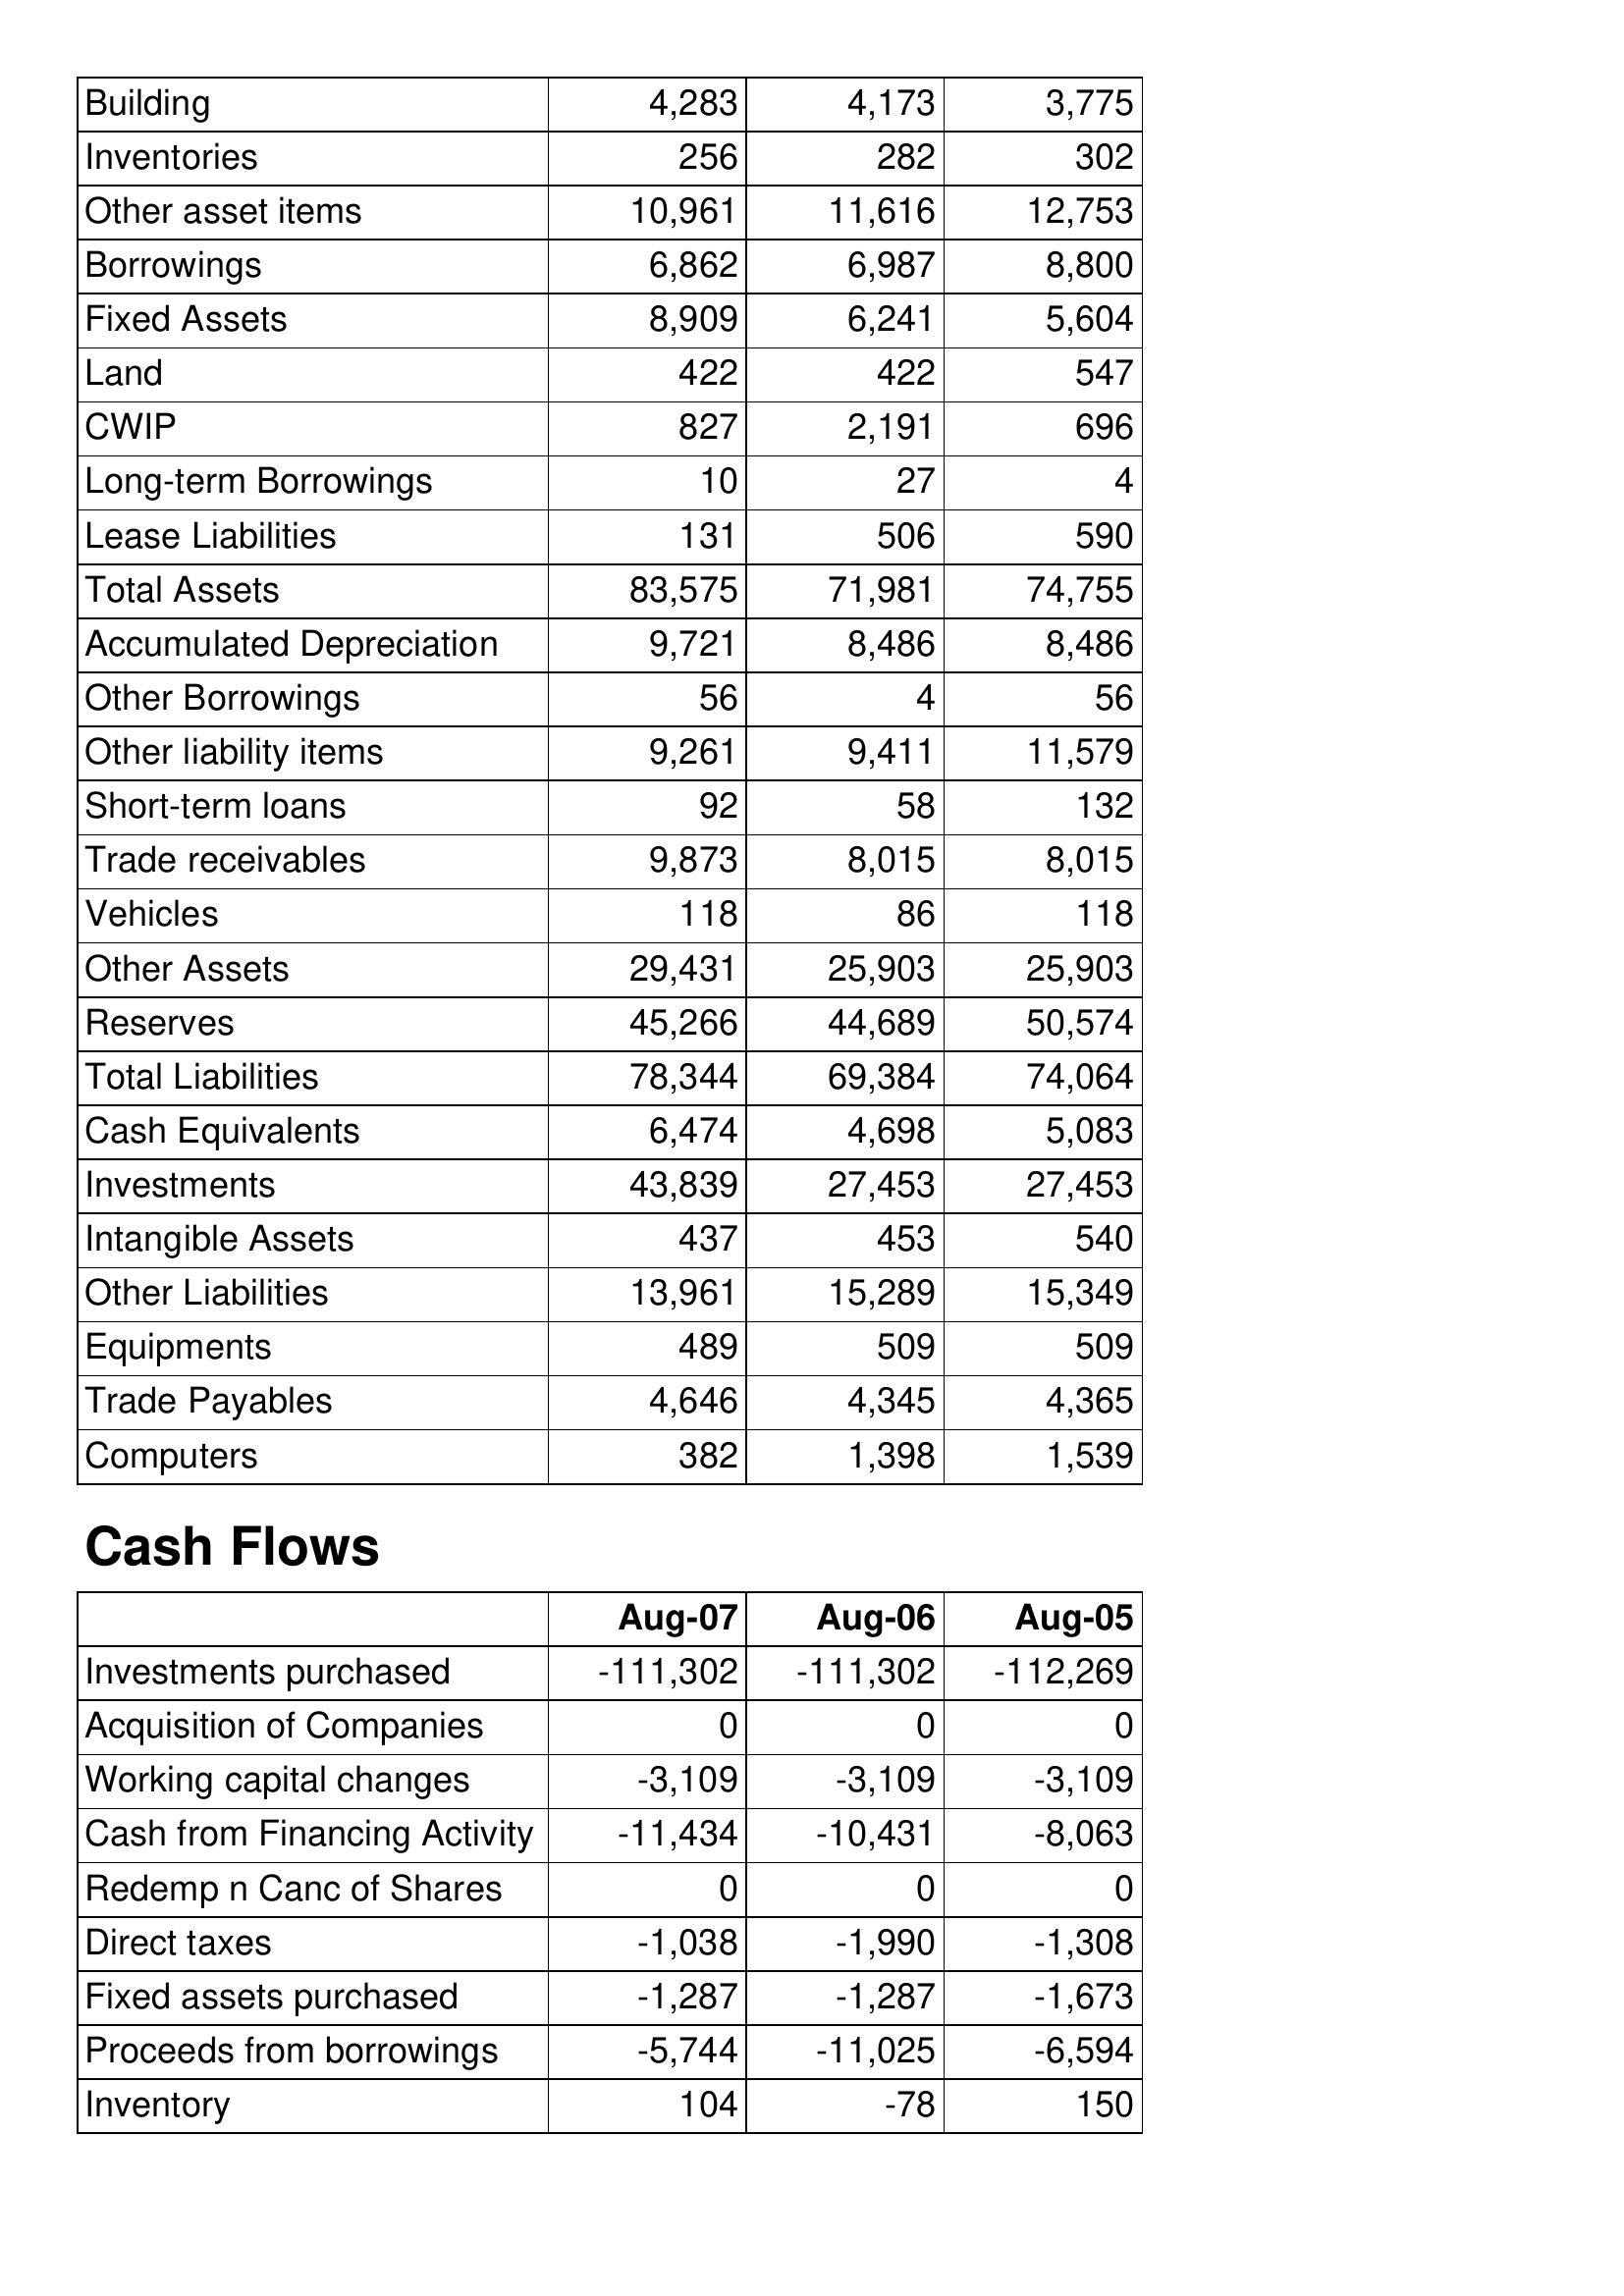
Aug-07: Balance Sheet: Building: 4,283
Inventories: 256
Other asset items: 10,961
Borrowings: 6,862
Fixed Assets: 8,909
Land: 422
CWIP: 827
Long-term Borrowings: 10
Lease Liabilities: 131
Total Assets: 83,575
Accumulated Depreciation: 9,721
Other Borrowings: 56
Other liability items: 9,261
Short-term loans: 92
Trade receivables: 9,873
Vehicles: 118
Other Assets: 29,431
Reserves: 45,266
Total Liabilities: 78,344
Cash Equivalents: 6,474
Investments: 43,839
Intangible Assets: 437
Other Liabilities: 13,961
Equipments: 489
Trade Payables: 4,646
Computers: 382
Cash Flows: Investments purchased: -111,302
Acquisition of Companies: 0
Working capital changes: -3,109
Cash from Financing Activity: -11,434
Redemp n Canc of Shares: 0
Direct taxes: -1,038
Fixed assets purchased: -1,287
Proceeds from borrowings: -5,744
Inventory: 104
Aug-06: Balance Sheet: Building: 4,173
Inventories: 282
Other asset items: 11,616
Borrowings: 6,987
Fixed Assets: 6,241
Land: 422
CWIP: 2,191
Long-term Borrowings: 27
Lease Liabilities: 506
Total Assets: 71,981
Accumulated Depreciation: 8,486
Other Borrowings: 4
Other liability items: 9,411
Short-term loans: 58
Trade receivables: 8,015
Vehicles: 86
Other Assets: 25,903
Reserves: 44,689
Total Liabilities: 69,384
Cash Equivalents: 4,698
Investments: 27,453
Intangible Assets: 453
Other Liabilities: 15,289
Equipments: 509
Trade Payables: 4,345
Computers: 1,398
Cash Flows: Investments purchased: -111,302
Acquisition of Companies: 0
Working capital changes: -3,109
Cash from Financing Activity: -10,431
Redemp n Canc of Shares: 0
Direct taxes: -1,990
Fixed assets purchased: -1,287
Proceeds from borrowings: -11,025
Inventory: -78
Aug-05: Balance Sheet: Building: 3,775
Inventories: 302
Other asset items: 12,753
Borrowings: 8,800
Fixed Assets: 5,604
Land: 547
CWIP: 696
Long-term Borrowings: 4
Lease Liabilities: 590
Total Assets: 74,755
Accumulated Depreciation: 8,486
Other Borrowings: 56
Other liability items: 11,579
Short-term loans: 132
Trade receivables: 8,015
Vehicles: 118
Other Assets: 25,903
Reserves: 50,574
Total Liabilities: 74,064
Cash Equivalents: 5,083
Investments: 27,453
Intangible Assets: 540
Other Liabilities: 15,349
Equipments: 509
Trade Payables: 4,365
Computers: 1,539
Cash Flows: Investments purchased: -112,269
Acquisition of Companies: 0
Working capital changes: -3,109
Cash from Financing Activity: -8,063
Redemp n Canc of Shares: 0
Direct taxes: -1,308
Fixed assets purchased: -1,673
Proceeds from borrowings: -6,594
Inventory: 150